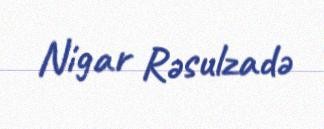
Nigar Rəsulzadə